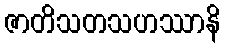
ဇာတိသတသဟဿာနိ